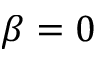
\beta = 0